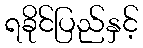
ရခိုင်ပြည်နှင့်